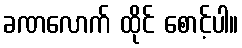
ခဏလောက် ထိုင် စောင့်ပါ။